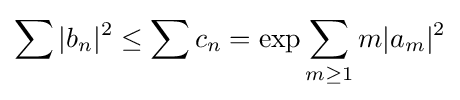
\sum |b_{n}|^{2}\leq \sum c_{n}=\exp \sum _{m\geq 1}m|a_{m}|^{2}